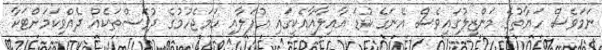
ނަމަވެސް ހަޔާތުގެ މަންޒިލުގައިވެސް އޭނަގެ ކުޑަ އާއިލާއާއެކީގައި އުފަލާއި ހަމަޖެހުމުގެ ދުވަސްތަކެއް ދެއްވިކަމަށްޓަކާ